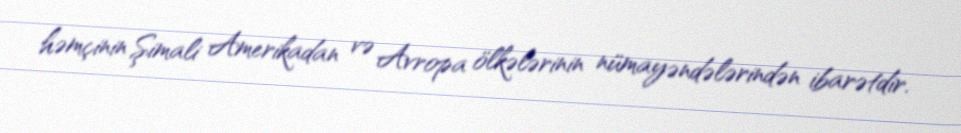
həmçinin Şimali Amerikadan və Avropa ölkələrinin nümayəndələrindən ibarətdir.